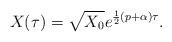
LaTeX: \begin{align*}X(\tau )=\sqrt{X_0}e^{\frac 12\left( p+\alpha \right) \tau }.\end{align*}